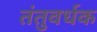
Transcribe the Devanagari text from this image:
तंतुवर्धक